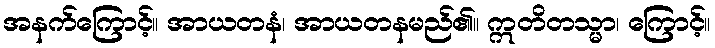
အနက်ကြောင့်။ အာယတနံ၊ အာယတနမည်၏။ ဣတိတသ္မာ၊ ကြောင့်။